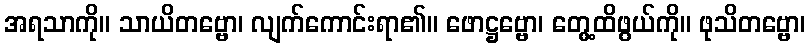
အရသာကို။ သာယိတဗ္ဗော၊ လျက်ကောင်းရာ၏။ ဖောဋ္ဌဗ္ဗော၊ တွေ့ထိဖွယ်ကို။ ဖုသိတဗ္ဗော၊